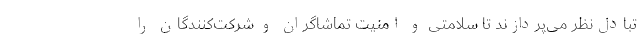
تبادل‌نظر می‌پردازند تا سلامتی و امنیت تماشاگران و شرکت‌کنندگان را